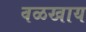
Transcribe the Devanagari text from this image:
वळखाय